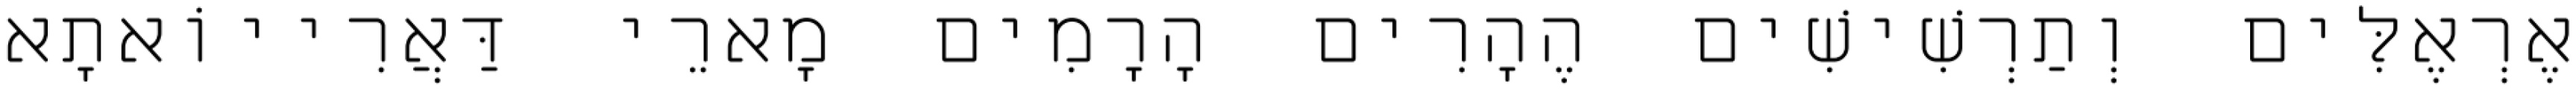
אֶרְאֶלִּים וְתַרְשִׁישִׁים הֶהָרִים הָרָמִים מָארֵי דַּאֲרִייוֹאתָא